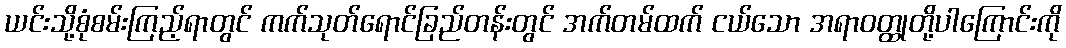
ယင်းသို့စုံစမ်းကြည့်ရာတွင် ကက်သုတ်ရောင်ခြည်တန်းတွင် အက်တမ်ထက် ငယ်သော အရာဝတ္ထုတို့ပါကြောင်းကို